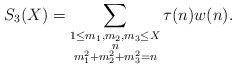
\begin{align*}S_3(X)=\sum_{\substack{1\le m_1,m_2,m_3\le X\\ n \\ m_1^2+m_2^2+m_3^2=n}}\tau(n)w(n).\end{align*}